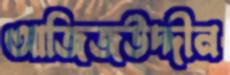
আজিজউদ্দীন